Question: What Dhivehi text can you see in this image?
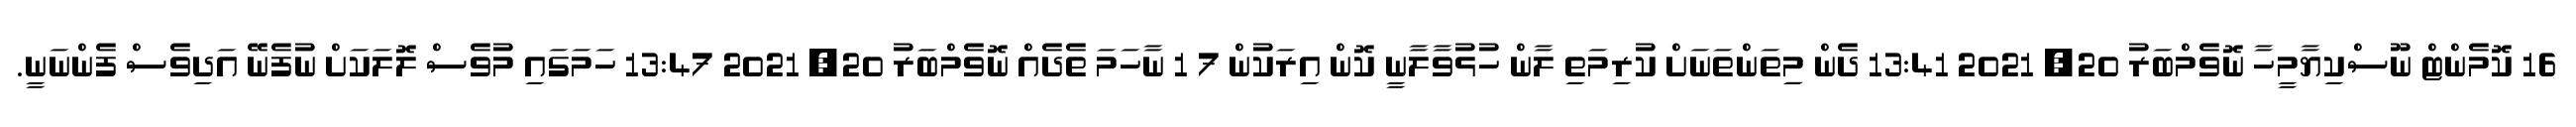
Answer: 16 ކޮމެންޓް ނޫސްކިޔާމީހާ ނޮވެމްބަރު 20, 2021 13:41 ދެން މިިތަންތަނަށް ކުރިމަތި ލާން ހުޅުވާލާނީ ކޮން އިރަކުން 7 1 ނާހަމަ ތެދެއް ނޮވެމްބަރު 20, 2021 13:47 ހަމަގައި މުވެސް ލޮލަކަށް ނުފެނޭ އަދިވެސް ފެންނަނީ.